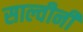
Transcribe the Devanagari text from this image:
साल्वीनी